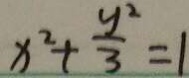
x ^ { 2 } + \frac { y ^ { 2 } } { 3 } = 1